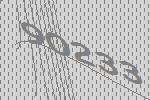
90233